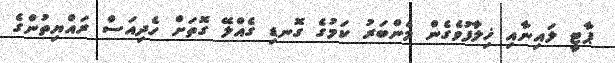
ޕާޓީ ލައިނާއި ޚިލާފުވެގެން މެންބަރު ކަމުގެ ގޮނޑި ގެއްލޭ ގޮތަށް ހެދިއަސް ރައްޔިތުންގެ